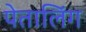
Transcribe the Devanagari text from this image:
पेतालिंग